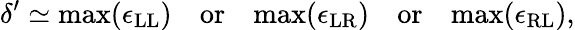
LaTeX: \delta^{\prime}\simeq\mathrm{max}(\epsilon_{\mathrm{LL}})\quad\mathrm{or}\quad\mathrm{max}(\epsilon_{\mathrm{LR}})\quad\mathrm{or}\quad\mathrm{max}(\epsilon_{\mathrm{RL}}),